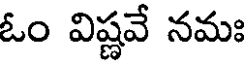
ఓం విష్ణవే నమః